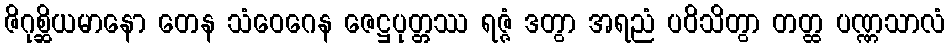
ဇိဂုစ္ဆိယမာနော တေန သံဝေဂေန ဇေဋ္ဌပုတ္တဿ ရဇ္ဇံ ဒတွာ အရညံ ပဝိသိတွာ တတ္ထ ပဏ္ဏသာလံ